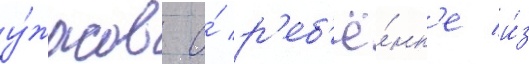
у́жасов о́ р'еб'ё́нк'е и́з